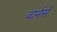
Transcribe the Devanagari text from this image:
वार्नर्स